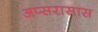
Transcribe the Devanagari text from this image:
अप्सरासास